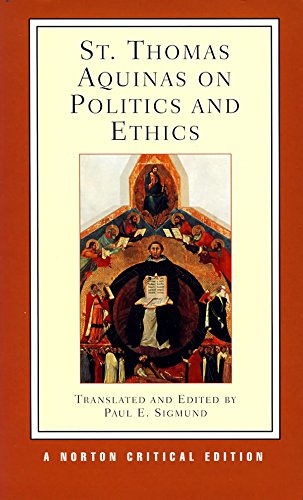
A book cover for St. Thomas Aquinas on Politics and Ethics (Norton Critical Editions); Thomas Aquinas; Literature & Fiction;